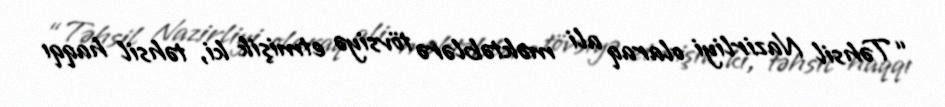
“Təhsil Nazirliyi olaraq ali məktəblərə tövsiyə etmişik ki, təhsil haqqı